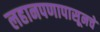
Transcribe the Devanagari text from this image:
लहानपणापासूनचे